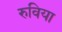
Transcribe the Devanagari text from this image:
रुविया